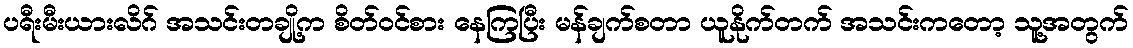
ပရီးမီးယားလိဂ် အသင်းတချို့က စိတ်ဝင်စား နေကြပြီး မန်ချက်စတာ ယူနိုက်တက် အသင်းကတော့ သူ့အတွက်